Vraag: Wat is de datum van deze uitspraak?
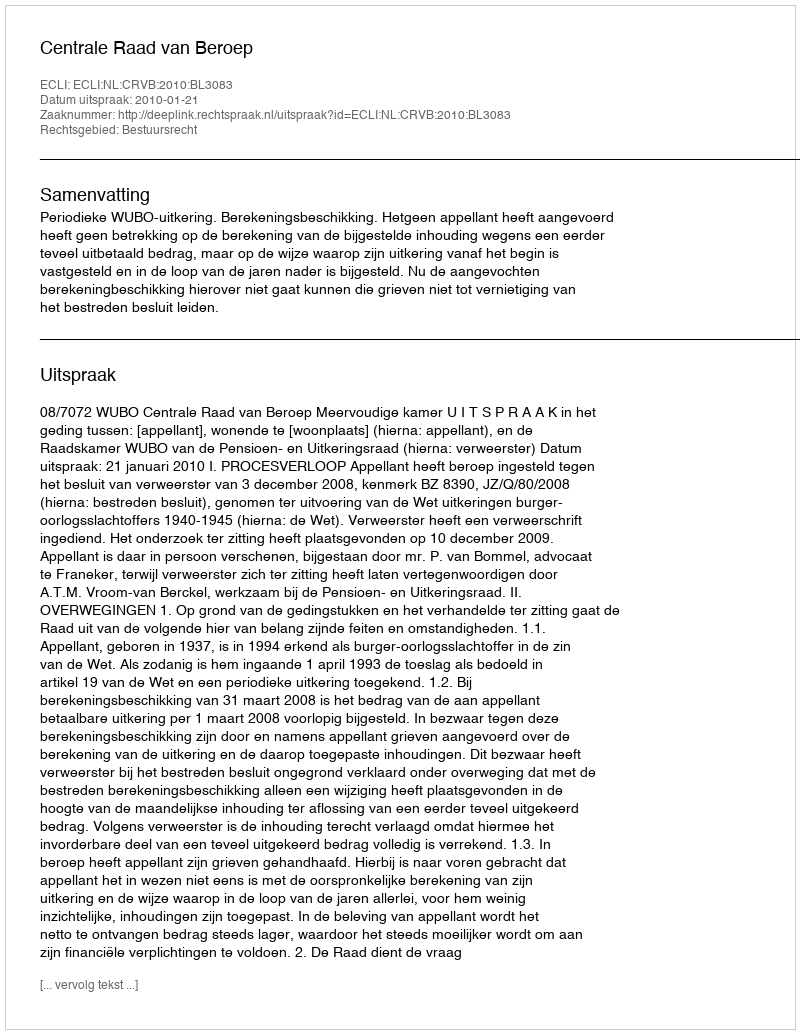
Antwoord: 2010-01-21